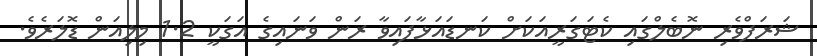
ޝަރަފްވެރި ނޮބެލްގައި ކެޓަގަރީއަކަށް ކަނޑައަޅާފައިވާ ރަން ވަނައިގެ އަގަކީ 1.2 މިލިއަން ޑޮލަރެވެ.